Lunatic asylums Madras 1892-1911 - 1892-1911
Year: 1892
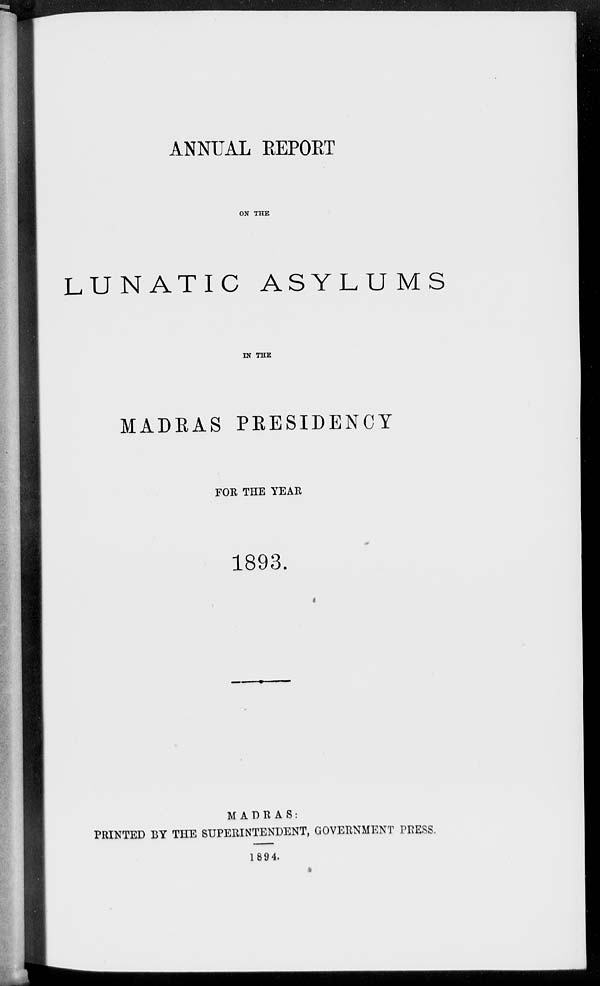
ANNUAL REPORT
ON THE
LUNATIC ASYLUMS
IN THE
MADRAS PRESIDENCY
FOR THE YEAR
1893.
MADRAS:
PRINTED BY THE SUPERINTENDENT, GOVERNMENT PRESS.
1894.